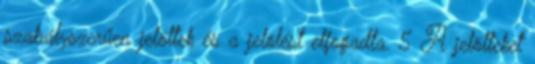
szabályszerűen jelöltek és a jelölést elfogadta. 5 A jelölteket